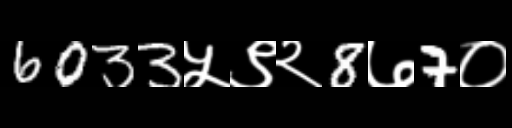
Text: 6033५९२8७7०